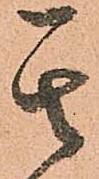
其